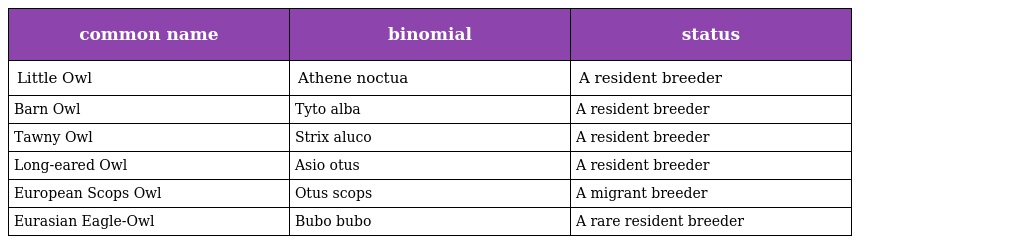
| common name | binomial | status |
 | --- | --- | --- |
 | Little Owl | Athene noctua | A resident breeder |
 | Barn Owl | Tyto alba | A resident breeder |
 | Tawny Owl | Strix aluco | A resident breeder |
 | Long-eared Owl | Asio otus | A resident breeder |
 | European Scops Owl | Otus scops | A migrant breeder |
 | Eurasian Eagle-Owl | Bubo bubo | A rare resident breeder |